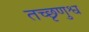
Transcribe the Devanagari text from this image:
तच्छृणुश्व